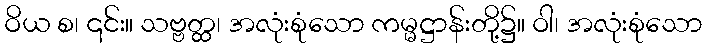
ဝိယ စ၊ ၎င်း။ သဗ္ဗတ္ထ၊ အလုံးစုံသော ကမ္မဋ္ဌာန်းတို့၌။ ဝါ၊ အလုံးစုံသော